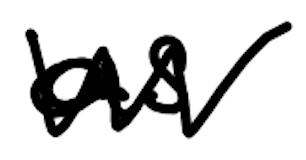
Text: as
Cross-out: zig-zag
Writing tool: digital_black